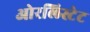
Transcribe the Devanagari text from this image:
ओरलिस्टेट